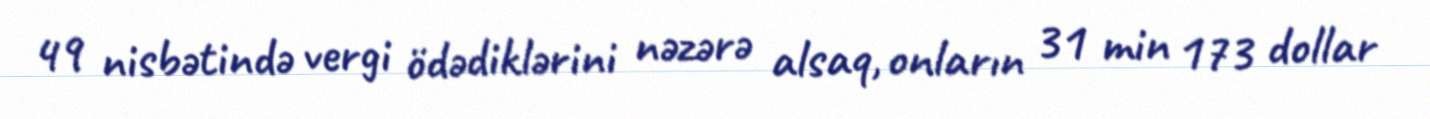
49 nisbətində vergi ödədiklərini nəzərə alsaq, onların 31 min 173 dollar